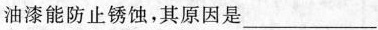
油漆能防止锈蚀，其原因是___